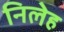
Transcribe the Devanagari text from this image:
निलेह